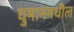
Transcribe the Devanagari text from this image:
घुमानमधील